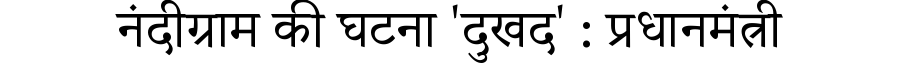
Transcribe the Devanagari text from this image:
नंदीग्राम की घटना 'दुखद' : प्रधानमंत्री